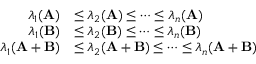
\begin{array} { r l } { \lambda _ { 1 } ( \mathbf { A } ) } & { \le \lambda _ { 2 } ( \mathbf { A } ) \le \cdots \le \lambda _ { n } ( \mathbf { A } ) } \\ { \lambda _ { 1 } ( \mathbf { B } ) } & { \le \lambda _ { 2 } ( \mathbf { B } ) \le \cdots \le \lambda _ { n } ( \mathbf { B } ) } \\ { \lambda _ { 1 } ( \mathbf { A } + \mathbf { B } ) } & { \le \lambda _ { 2 } ( \mathbf { A } + \mathbf { B } ) \le \cdots \le \lambda _ { n } ( \mathbf { A } + \mathbf { B } ) } \end{array}